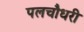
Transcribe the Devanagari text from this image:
पलचौधरी